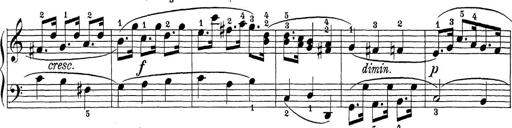
Title: Sonatina Album
Composer: Louis KÃ¶hler